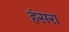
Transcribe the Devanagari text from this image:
हंसरा